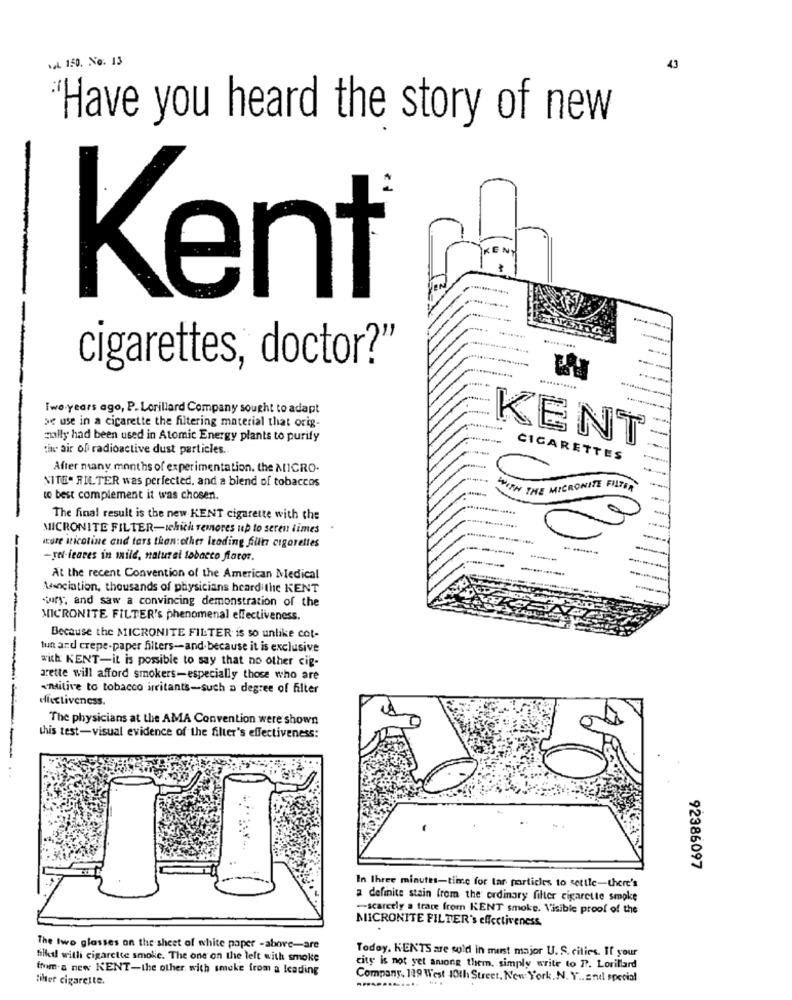
MAL 150. No. 13
43
"Have you heard the story of new
Kent
cigarettes, doctor?"
...........
Two.years ago, P. Lorillard Company sought to adapt
se use in a cigarette the filtering material that orig-
-
molly had been used in Atomic Energy plants to purify
KENT
tit air of radioactive dust particles.
CIGARETTES
After many months of experimentation. the MICRO-
NITE- FILTER was perfected, and a blend of tobaccos
WITH THE MICRONITE F
EFILTER
to best complement it was chosen.
....
The final result is the new KENT cigarette with the
MICRONITE FILTER-which Temores up to seren times
--
wtore kticoline and ters than:other leading fult cigarettes
-ref-feares in mild, natural tobacco flator.
At the recent Convention of the American Medical
Association, thousands of physicians heard the KENT
-jury, and saw a convincing demonstration of the
MICRONITE FILTER's phenomenal effectiveness.
Because the MICRONITE FILTER is so unlike cot-
tun and crepe-paper filters-and because it is exclusive
with KENT-it is possible to say that no other cig-
grette will afford smokers-especially those who are
«nitive to tobacco irritants-such a degree of filter
dicctiveness.
The physicians at the AMA Convention were shown
this test-visual evidence of the filter's effectiveness:
92386097
In Ihree minutes-time for lar particles to settle-there's
a definite stain from the ordinary filter cigarette smoke
-scarcely a trace from KENT smoke. Visible proof of the
MICRONITE FILTER's effectiveness.
The Iwo glasses on the sheet of white paper -abore-are
Today. KENTS are sold in murst major U. S. cities. If your
filled with cigarette smoke. The one on the left with smoke
from.a new KENT-the other, with smoke from a leading
city is not yet among them, simply write to P. Lorillard
filter cigarette.
Company. 119 West 10th Street, New York, N. Y .. = nil special